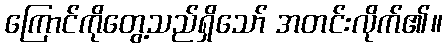
ကြောင်ကိုတွေ့သည်ရှိသော် အတင်းလိုက်၏။